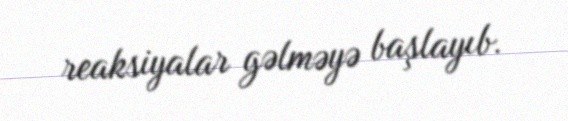
reaksiyalar gəlməyə başlayıb.